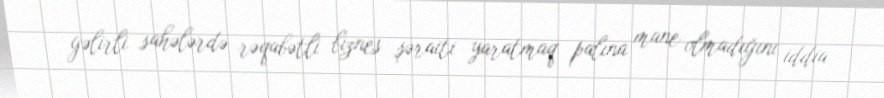
gəlirli sahələrdə rəqabətli biznes şəraiti yaratmaq palına mane olmadığını iddia